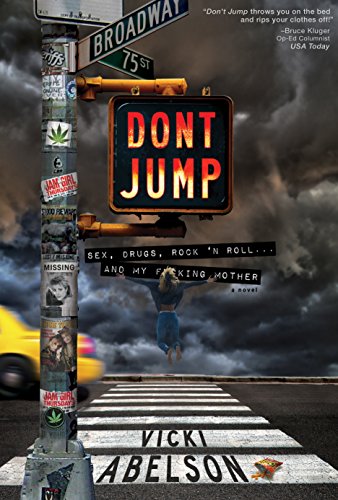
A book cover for Don't Jump: Sex, Drugs, Rock 'N Roll... And My Fucking Mother; Vicki Abelson; Literature & Fiction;